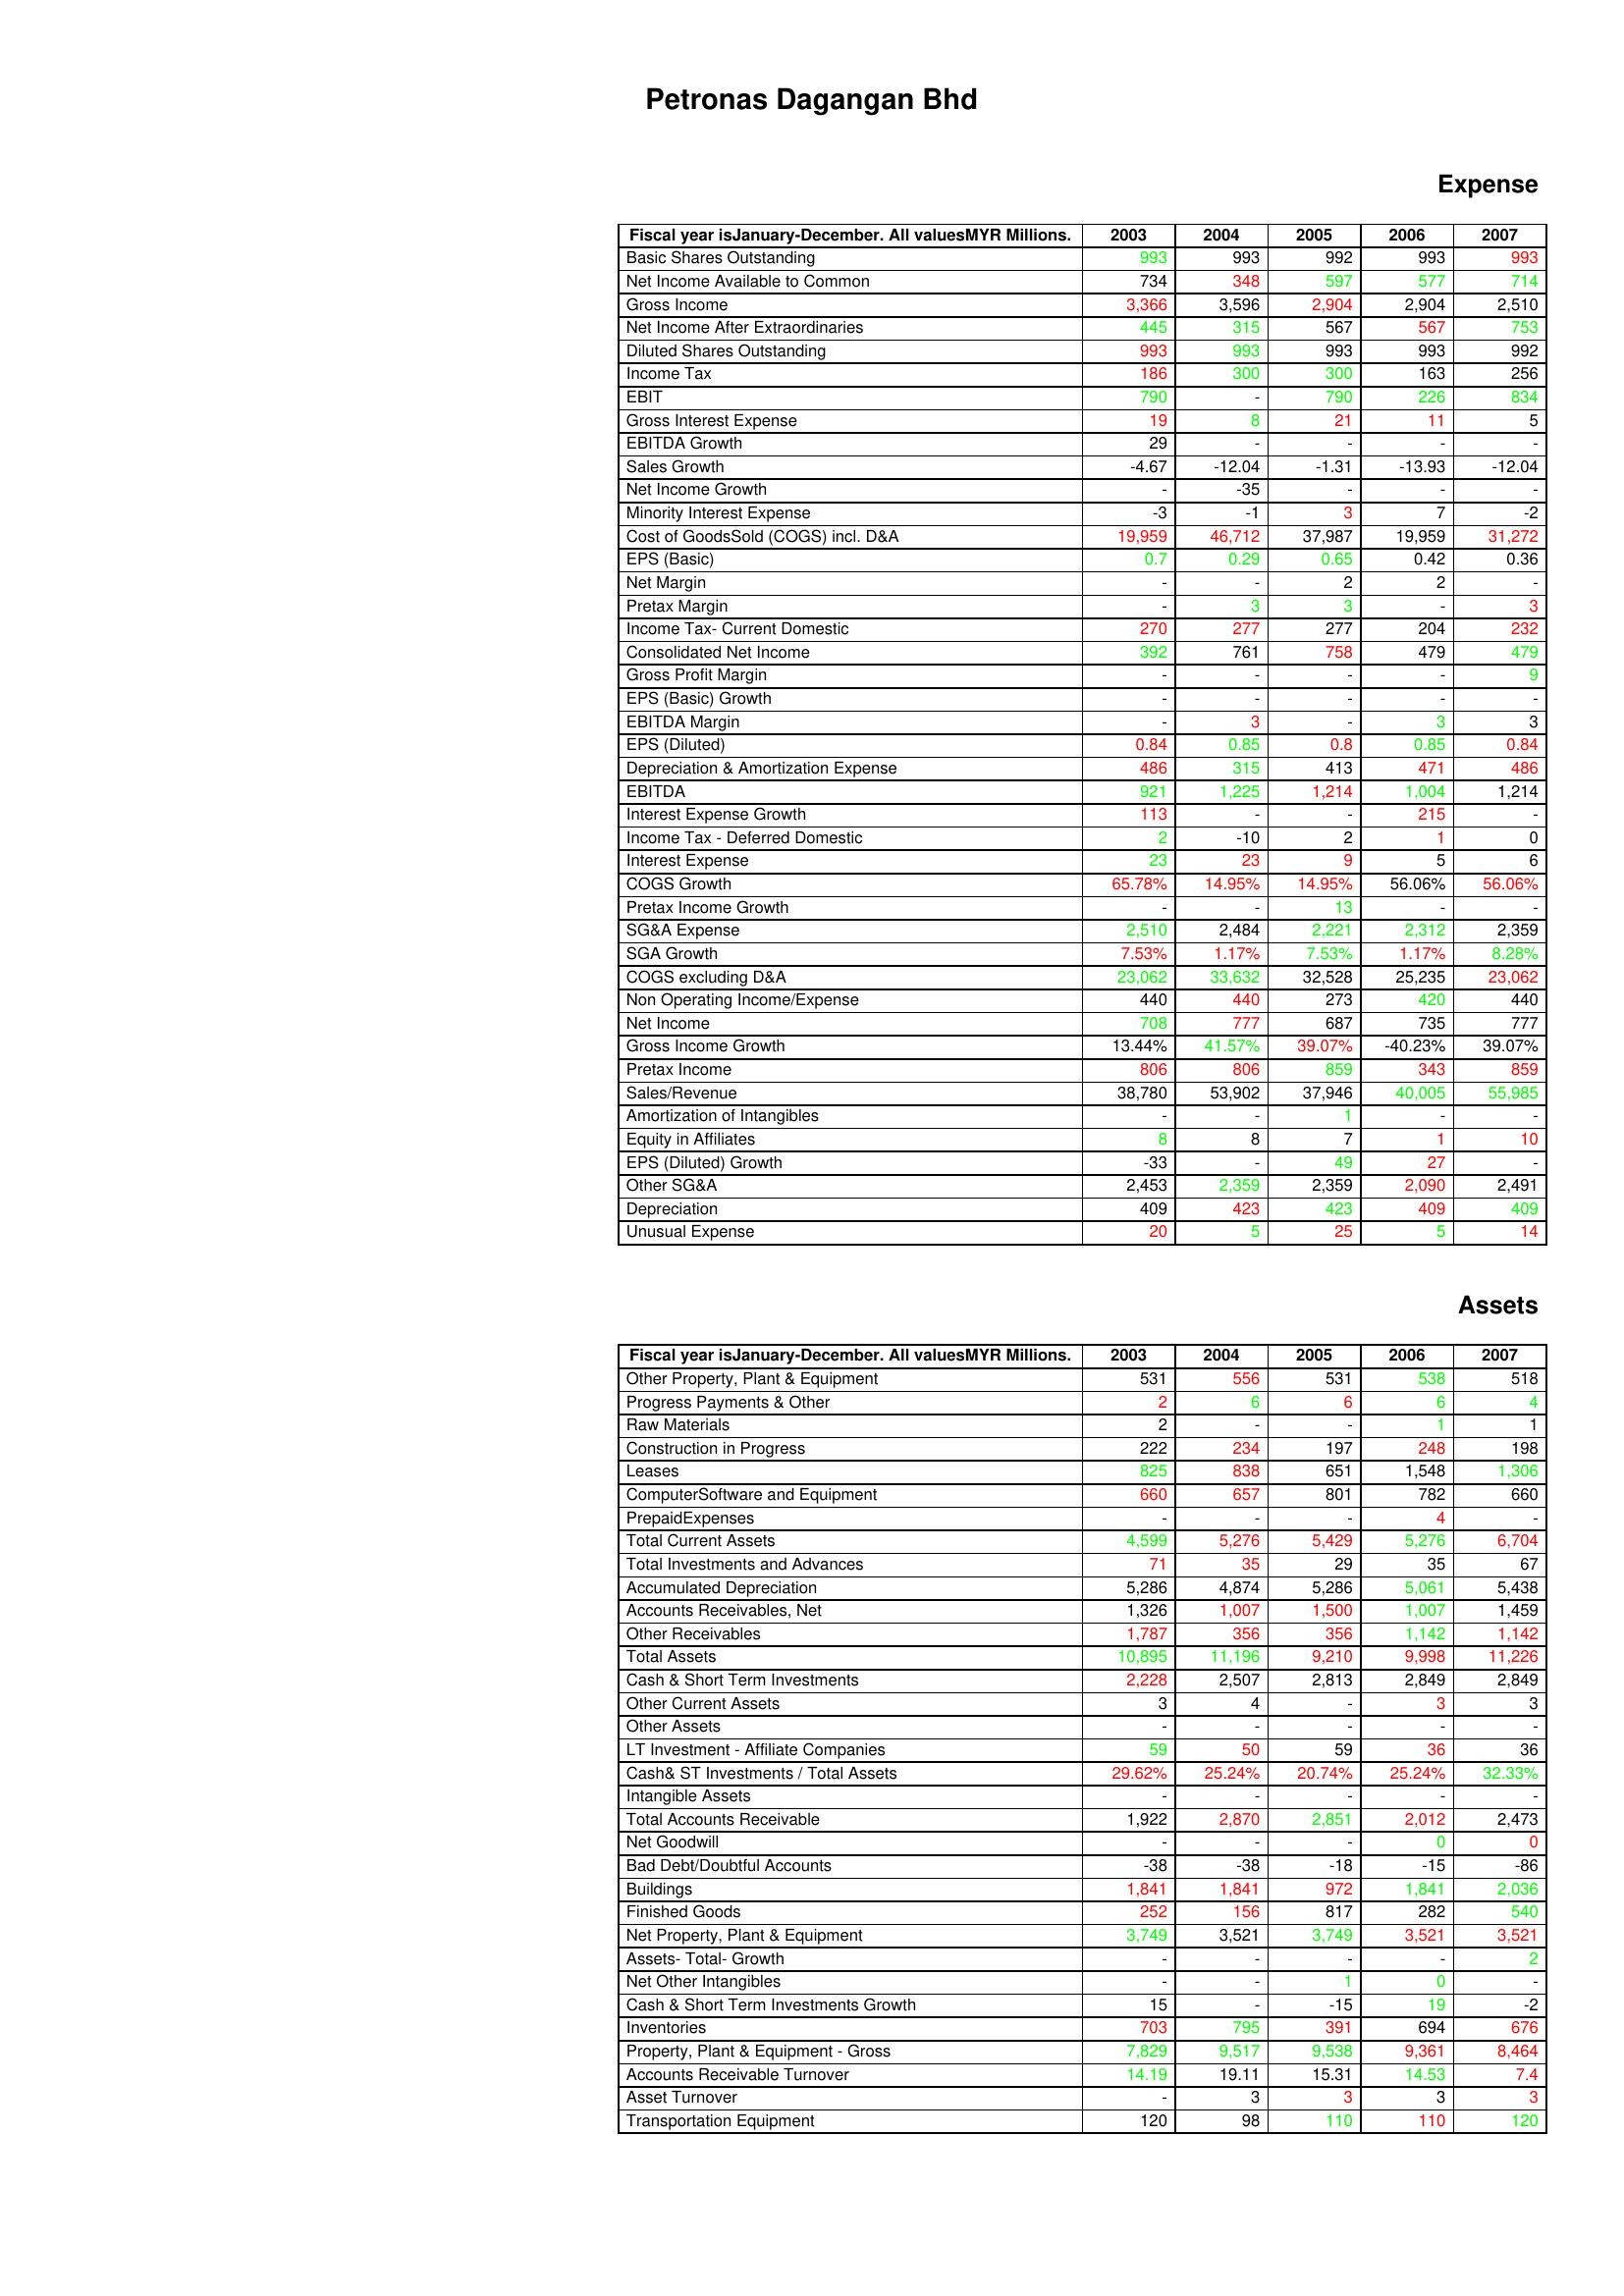
gt_parse: 2003: Expense: Basic Shares Outstanding: 993
Net Income Available to Common: 734
Gross Income: 3,366
Net Income After Extraordinaries: 445
Diluted Shares Outstanding: 993
Income Tax: 186
EBIT: 790
Gross Interest Expense: 19
EBITDA Growth: 29
Sales Growth: -4.67
Net Income Growth: -
Minority Interest Expense: -3
Cost of GoodsSold (COGS) incl. D&A: 19,959
EPS (Basic): 0.7
Net Margin: -
Pretax Margin: -
Income Tax- Current Domestic: 270
Consolidated Net Income: 392
Gross Profit Margin: -
EPS (Basic) Growth: -
EBITDA Margin: -
EPS (Diluted): 0.84
Depreciation & Amortization Expense: 486
EBITDA: 921
Interest Expense Growth: 113
Income Tax - Deferred Domestic: 2
Interest Expense: 23
COGS Growth: 65.78%
Pretax Income Growth: -
SG&A Expense: 2,510
SGA Growth: 7.53%
COGS excluding D&A: 23,062
Non Operating Income/Expense: 440
Net Income: 708
Gross Income Growth: 13.44%
Pretax Income: 806
Sales/Revenue: 38,780
Amortization of Intangibles: -
Equity in Affiliates: 8
EPS (Diluted) Growth: -33
Other SG&A: 2,453
Depreciation: 409
Unusual Expense: 20
Assets: Other Property, Plant & Equipment: 531
Progress Payments & Other: 2
Raw Materials: 2
Construction in Progress: 222
Leases: 825
ComputerSoftware and Equipment: 660
PrepaidExpenses: -
Total Current Assets: 4,599
Total Investments and Advances: 71
Accumulated Depreciation: 5,286
Accounts Receivables, Net: 1,326
Other Receivables: 1,787
Total Assets: 10,895
Cash & Short Term Investments: 2,228
Other Current Assets: 3
Other Assets: -
LT Investment - Affiliate Companies: 59
Cash& ST Investments / Total Assets: 29.62%
Intangible Assets: -
Total Accounts Receivable: 1,922
Net Goodwill: -
Bad Debt/Doubtful Accounts: -38
Buildings: 1,841
Finished Goods: 252
Net Property, Plant & Equipment: 3,749
Assets- Total- Growth: -
Net Other Intangibles: -
Cash & Short Term Investments Growth: 15
Inventories: 703
Property, Plant & Equipment - Gross : 7,829
Accounts Receivable Turnover: 14.19
Asset Turnover: -
Transportation Equipment: 120
2004: Expense: Basic Shares Outstanding: 993
Net Income Available to Common: 348
Gross Income: 3,596
Net Income After Extraordinaries: 315
Diluted Shares Outstanding: 993
Income Tax: 300
EBIT: -
Gross Interest Expense: 8
EBITDA Growth: -
Sales Growth: -12.04
Net Income Growth: -35
Minority Interest Expense: -1
Cost of GoodsSold (COGS) incl. D&A: 46,712
EPS (Basic): 0.29
Net Margin: -
Pretax Margin: 3
Income Tax- Current Domestic: 277
Consolidated Net Income: 761
Gross Profit Margin: -
EPS (Basic) Growth: -
EBITDA Margin: 3
EPS (Diluted): 0.85
Depreciation & Amortization Expense: 315
EBITDA: 1,225
Interest Expense Growth: -
Income Tax - Deferred Domestic: -10
Interest Expense: 23
COGS Growth: 14.95%
Pretax Income Growth: -
SG&A Expense: 2,484
SGA Growth: 1.17%
COGS excluding D&A: 33,632
Non Operating Income/Expense: 440
Net Income: 777
Gross Income Growth: 41.57%
Pretax Income: 806
Sales/Revenue: 53,902
Amortization of Intangibles: -
Equity in Affiliates: 8
EPS (Diluted) Growth: -
Other SG&A: 2,359
Depreciation: 423
Unusual Expense: 5
Assets: Other Property, Plant & Equipment: 556
Progress Payments & Other: 6
Raw Materials: -
Construction in Progress: 234
Leases: 838
ComputerSoftware and Equipment: 657
PrepaidExpenses: -
Total Current Assets: 5,276
Total Investments and Advances: 35
Accumulated Depreciation: 4,874
Accounts Receivables, Net: 1,007
Other Receivables: 356
Total Assets: 11,196
Cash & Short Term Investments: 2,507
Other Current Assets: 4
Other Assets: -
LT Investment - Affiliate Companies: 50
Cash& ST Investments / Total Assets: 25.24%
Intangible Assets: -
Total Accounts Receivable: 2,870
Net Goodwill: -
Bad Debt/Doubtful Accounts: -38
Buildings: 1,841
Finished Goods: 156
Net Property, Plant & Equipment: 3,521
Assets- Total- Growth: -
Net Other Intangibles: -
Cash & Short Term Investments Growth: -
Inventories: 795
Property, Plant & Equipment - Gross : 9,517
Accounts Receivable Turnover: 19.11
Asset Turnover: 3
Transportation Equipment: 98
2005: Expense: Basic Shares Outstanding: 992
Net Income Available to Common: 597
Gross Income: 2,904
Net Income After Extraordinaries: 567
Diluted Shares Outstanding: 993
Income Tax: 300
EBIT: 790
Gross Interest Expense: 21
EBITDA Growth: -
Sales Growth: -1.31
Net Income Growth: -
Minority Interest Expense: 3
Cost of GoodsSold (COGS) incl. D&A: 37,987
EPS (Basic): 0.65
Net Margin: 2
Pretax Margin: 3
Income Tax- Current Domestic: 277
Consolidated Net Income: 758
Gross Profit Margin: -
EPS (Basic) Growth: -
EBITDA Margin: -
EPS (Diluted): 0.8
Depreciation & Amortization Expense: 413
EBITDA: 1,214
Interest Expense Growth: -
Income Tax - Deferred Domestic: 2
Interest Expense: 9
COGS Growth: 14.95%
Pretax Income Growth: 13
SG&A Expense: 2,221
SGA Growth: 7.53%
COGS excluding D&A: 32,528
Non Operating Income/Expense: 273
Net Income: 687
Gross Income Growth: 39.07%
Pretax Income: 859
Sales/Revenue: 37,946
Amortization of Intangibles: 1
Equity in Affiliates: 7
EPS (Diluted) Growth: 49
Other SG&A: 2,359
Depreciation: 423
Unusual Expense: 25
Assets: Other Property, Plant & Equipment: 531
Progress Payments & Other: 6
Raw Materials: -
Construction in Progress: 197
Leases: 651
ComputerSoftware and Equipment: 801
PrepaidExpenses: -
Total Current Assets: 5,429
Total Investments and Advances: 29
Accumulated Depreciation: 5,286
Accounts Receivables, Net: 1,500
Other Receivables: 356
Total Assets: 9,210
Cash & Short Term Investments: 2,813
Other Current Assets: -
Other Assets: -
LT Investment - Affiliate Companies: 59
Cash& ST Investments / Total Assets: 20.74%
Intangible Assets: -
Total Accounts Receivable: 2,851
Net Goodwill: -
Bad Debt/Doubtful Accounts: -18
Buildings: 972
Finished Goods: 817
Net Property, Plant & Equipment: 3,749
Assets- Total- Growth: -
Net Other Intangibles: 1
Cash & Short Term Investments Growth: -15
Inventories: 391
Property, Plant & Equipment - Gross : 9,538
Accounts Receivable Turnover: 15.31
Asset Turnover: 3
Transportation Equipment: 110
2006: Expense: Basic Shares Outstanding: 993
Net Income Available to Common: 577
Gross Income: 2,904
Net Income After Extraordinaries: 567
Diluted Shares Outstanding: 993
Income Tax: 163
EBIT: 226
Gross Interest Expense: 11
EBITDA Growth: -
Sales Growth: -13.93
Net Income Growth: -
Minority Interest Expense: 7
Cost of GoodsSold (COGS) incl. D&A: 19,959
EPS (Basic): 0.42
Net Margin: 2
Pretax Margin: -
Income Tax- Current Domestic: 204
Consolidated Net Income: 479
Gross Profit Margin: -
EPS (Basic) Growth: -
EBITDA Margin: 3
EPS (Diluted): 0.85
Depreciation & Amortization Expense: 471
EBITDA: 1,004
Interest Expense Growth: 215
Income Tax - Deferred Domestic: 1
Interest Expense: 5
COGS Growth: 56.06%
Pretax Income Growth: -
SG&A Expense: 2,312
SGA Growth: 1.17%
COGS excluding D&A: 25,235
Non Operating Income/Expense: 420
Net Income: 735
Gross Income Growth: -40.23%
Pretax Income: 343
Sales/Revenue: 40,005
Amortization of Intangibles: -
Equity in Affiliates: 1
EPS (Diluted) Growth: 27
Other SG&A: 2,090
Depreciation: 409
Unusual Expense: 5
Assets: Other Property, Plant & Equipment: 538
Progress Payments & Other: 6
Raw Materials: 1
Construction in Progress: 248
Leases: 1,548
ComputerSoftware and Equipment: 782
PrepaidExpenses: 4
Total Current Assets: 5,276
Total Investments and Advances: 35
Accumulated Depreciation: 5,061
Accounts Receivables, Net: 1,007
Other Receivables: 1,142
Total Assets: 9,998
Cash & Short Term Investments: 2,849
Other Current Assets: 3
Other Assets: -
LT Investment - Affiliate Companies: 36
Cash& ST Investments / Total Assets: 25.24%
Intangible Assets: -
Total Accounts Receivable: 2,012
Net Goodwill: 0
Bad Debt/Doubtful Accounts: -15
Buildings: 1,841
Finished Goods: 282
Net Property, Plant & Equipment: 3,521
Assets- Total- Growth: -
Net Other Intangibles: 0
Cash & Short Term Investments Growth: 19
Inventories: 694
Property, Plant & Equipment - Gross : 9,361
Accounts Receivable Turnover: 14.53
Asset Turnover: 3
Transportation Equipment: 110
2007: Expense: Basic Shares Outstanding: 993
Net Income Available to Common: 714
Gross Income: 2,510
Net Income After Extraordinaries: 753
Diluted Shares Outstanding: 992
Income Tax: 256
EBIT: 834
Gross Interest Expense: 5
EBITDA Growth: -
Sales Growth: -12.04
Net Income Growth: -
Minority Interest Expense: -2
Cost of GoodsSold (COGS) incl. D&A: 31,272
EPS (Basic): 0.36
Net Margin: -
Pretax Margin: 3
Income Tax- Current Domestic: 232
Consolidated Net Income: 479
Gross Profit Margin: 9
EPS (Basic) Growth: -
EBITDA Margin: 3
EPS (Diluted): 0.84
Depreciation & Amortization Expense: 486
EBITDA: 1,214
Interest Expense Growth: -
Income Tax - Deferred Domestic: 0
Interest Expense: 6
COGS Growth: 56.06%
Pretax Income Growth: -
SG&A Expense: 2,359
SGA Growth: 8.28%
COGS excluding D&A: 23,062
Non Operating Income/Expense: 440
Net Income: 777
Gross Income Growth: 39.07%
Pretax Income: 859
Sales/Revenue: 55,985
Amortization of Intangibles: -
Equity in Affiliates: 10
EPS (Diluted) Growth: -
Other SG&A: 2,491
Depreciation: 409
Unusual Expense: 14
Assets: Other Property, Plant & Equipment: 518
Progress Payments & Other: 4
Raw Materials: 1
Construction in Progress: 198
Leases: 1,306
ComputerSoftware and Equipment: 660
PrepaidExpenses: -
Total Current Assets: 6,704
Total Investments and Advances: 67
Accumulated Depreciation: 5,438
Accounts Receivables, Net: 1,459
Other Receivables: 1,142
Total Assets: 11,226
Cash & Short Term Investments: 2,849
Other Current Assets: 3
Other Assets: -
LT Investment - Affiliate Companies: 36
Cash& ST Investments / Total Assets: 32.33%
Intangible Assets: -
Total Accounts Receivable: 2,473
Net Goodwill: 0
Bad Debt/Doubtful Accounts: -86
Buildings: 2,036
Finished Goods: 540
Net Property, Plant & Equipment: 3,521
Assets- Total- Growth: 2
Net Other Intangibles: -
Cash & Short Term Investments Growth: -2
Inventories: 676
Property, Plant & Equipment - Gross : 8,464
Accounts Receivable Turnover: 7.4
Asset Turnover: 3
Transportation Equipment: 120